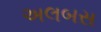
અલબસ